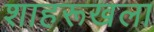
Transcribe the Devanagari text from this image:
शाहरूखला